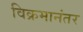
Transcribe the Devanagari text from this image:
विक्रमानंतर